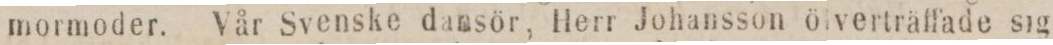
mormoder. Vår Svenske dansör, Herr Johansson ölverträffade sig